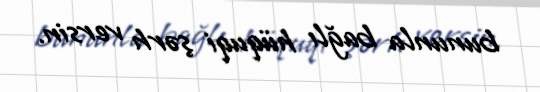
bununla bağlı hüquqi şərh versin.